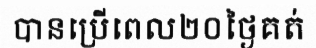
បានប្រើពេល២០ថ្ងៃគត់